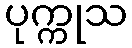
ပုက္ကုသ